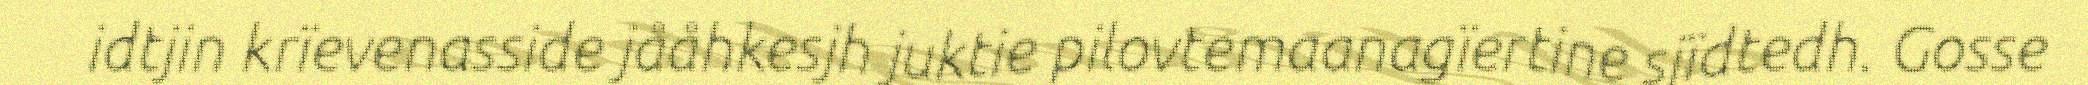
idtjin krïevenasside jååhkesjh juktie pilovtemaanagïertine sjïdtedh. Gosse